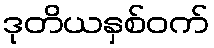
ဒုတိယနှစ်ဝက်